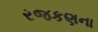
રજકણના